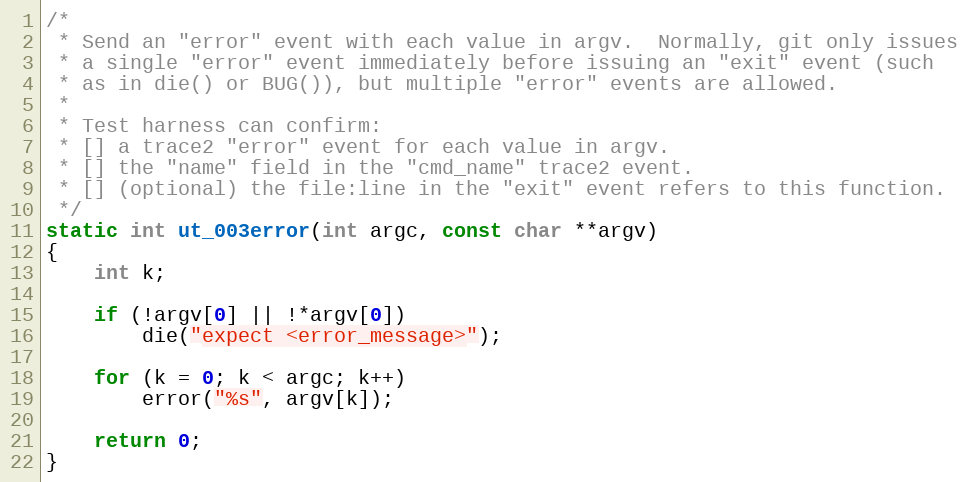
Language: C
/*
 * Send an "error" event with each value in argv.  Normally, git only issues
 * a single "error" event immediately before issuing an "exit" event (such
 * as in die() or BUG()), but multiple "error" events are allowed.
 *
 * Test harness can confirm:
 * [] a trace2 "error" event for each value in argv.
 * [] the "name" field in the "cmd_name" trace2 event.
 * [] (optional) the file:line in the "exit" event refers to this function.
 */
static int ut_003error(int argc, const char **argv)
{
	int k;

	if (!argv[0] || !*argv[0])
		die("expect <error_message>");

	for (k = 0; k < argc; k++)
		error("%s", argv[k]);

	return 0;
}